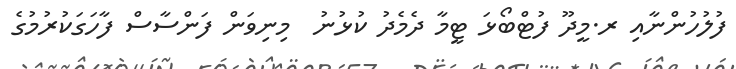
ފުލުހުންނާއި ރ.މީދޫ ފުޓްބޯޅަ ޓީމާ ދެމެދު ކުޅުނު  މިނިވަން ފަންސާސް ފާހަގަކުރުމުގެ